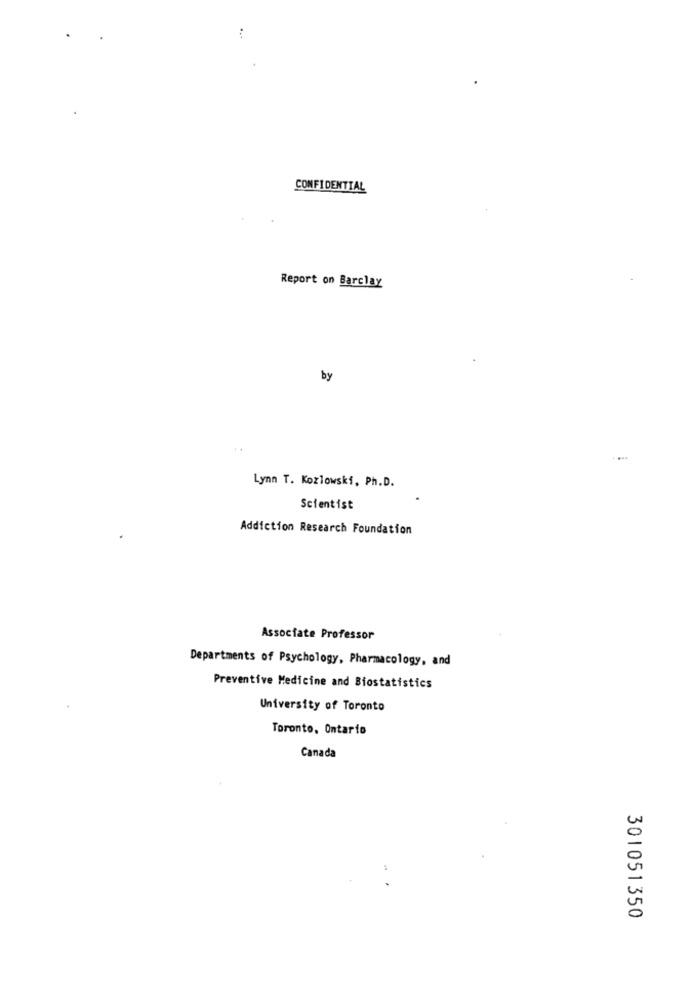
CONFIDENTIAL
Report on Barclay
by
Lynn T. Kozlowski, Ph.D.
Scientist
Addiction Research Foundation
Associate Professor
Departments of Psychology, Pharmacology, and
Preventive Medicine and Biostatistics
University of Toronto
Toronto, Ontario
Canada
301051350